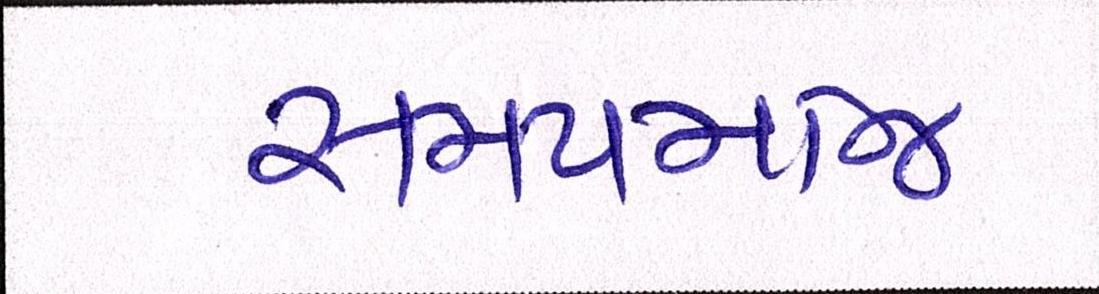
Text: સમયમાંજ